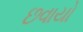
છવાયો